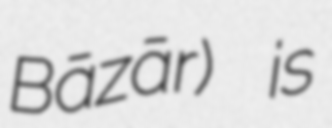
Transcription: Bāzār) is